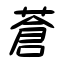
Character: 蒼